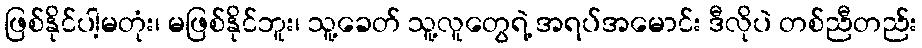
ဖြစ်နိုင်ပါ့မတုံး၊ မဖြစ်နိုင်ဘူး၊ သူ့ခေတ် သူ့လူတွေရဲ့ အရပ်အမောင်း ဒီလိုပဲ တစ်ညီတည်း